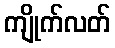
ကျိုက်လတ်